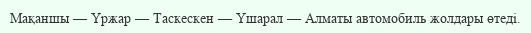
Мақаншы — Үржар — Таскескен — Үшарал — Алматы автомобиль жолдары өтеді.